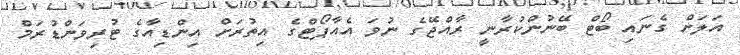
އަލަށް ގެނައި ބޯޓް ބޭނުންކުރާނީ ރާއްޖޭގެ ނުވަ އެއާޕޯޓްގެ އިތުރަށް އިންޑިއާގެ ޓުރިވަންޑުރަމް